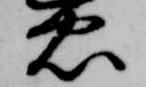
忠